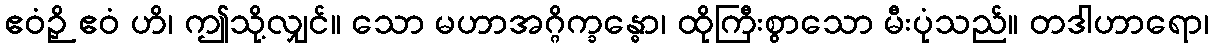
ဧဝံဉှိ ဧဝံ ဟိ၊ ဤသို့လျှင်။ သော မဟာအဂ္ဂိက္ခန္ဓော၊ ထိုကြီးစွာသော မီးပုံသည်။ တဒါဟာရော၊